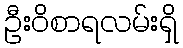
ဦးဝိစာရလမ်းရှိ